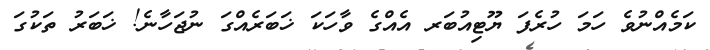
ކަމެއްނުވެ ހަމަ ހުރެފަ ޔޫޓިއުބަރ އެއްގެ ވާހަކަ ޚަބަރެއްގަ ނުޖަހާނެ! ޚަބަރު ތަކުގަ